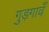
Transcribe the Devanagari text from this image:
गुड़गावँ